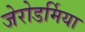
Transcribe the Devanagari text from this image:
जेरोडर्मिया